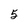
Character: 5